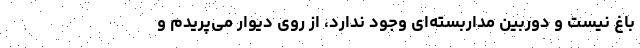
باغ نیست و دوربین مداربسته‌ای وجود ندارد، از روی دیوار می‌پریدم و